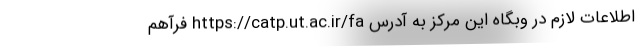
اطلاعات لازم در وبگاه این مرکز به آدرس https://catp.ut.ac.ir/fa فرآهم